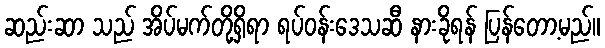
ဆည်းဆာ သည် အိပ်မက်တို့ရှိရာ ရပ်ဝန်းဒေသဆီ နားခိုရန် ပြန်တော့မည်။